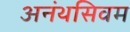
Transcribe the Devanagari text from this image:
अनंथसिवम